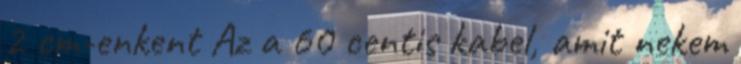
2 cm-enkent Az a 60 centis kabel, amit nekem